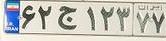
۶۲ج۱۲۳۷۷